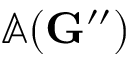
\mathbb { A } ( \mathbf { G } ^ { \prime \prime } )